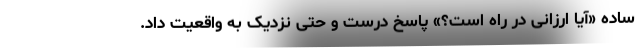
ساده «آیا ارزانی در راه است؟» پاسخ درست و حتی نزدیک به واقعیت داد.